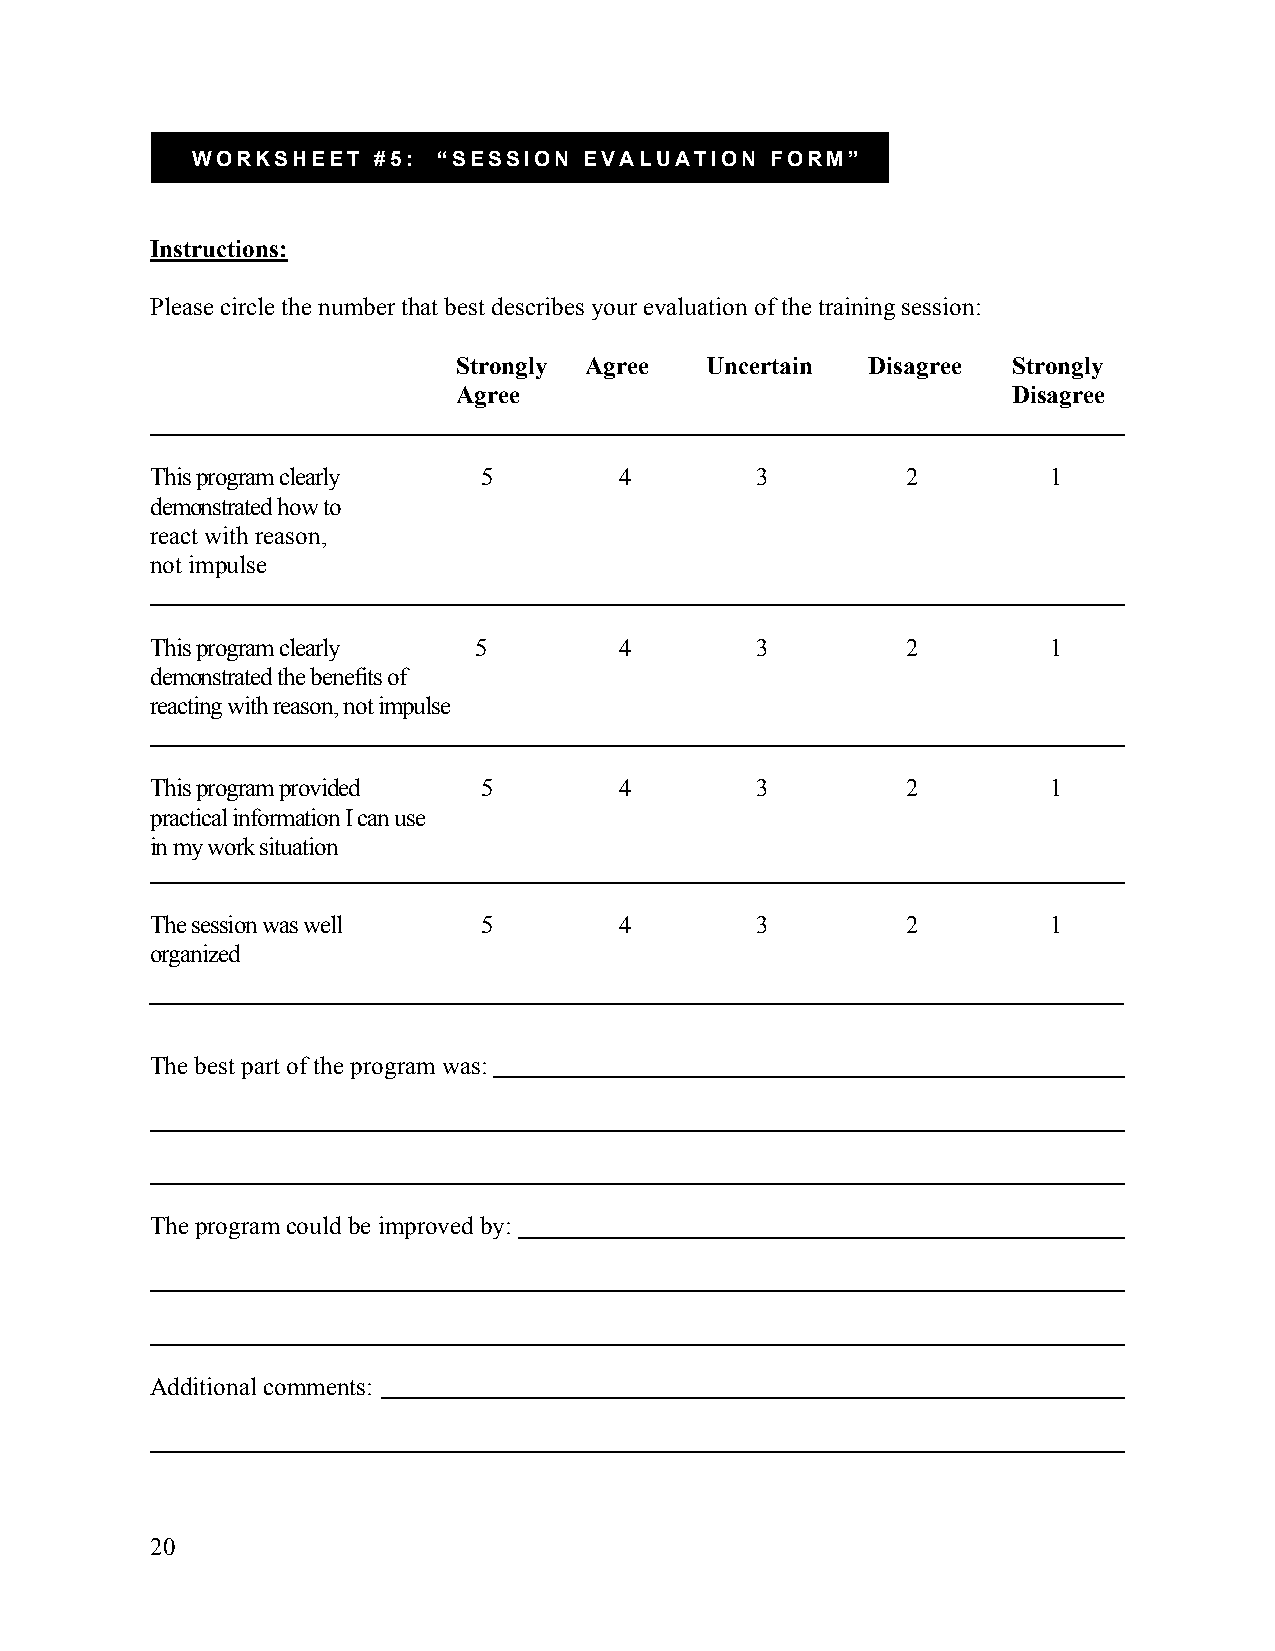
WORKSHEET   #5: “SESSION  EVALUATION  FORM”
 Instructions:
 Please circle the number that best describes your evaluation of the training session:
 Strongly Agree   Uncertain  Disagree Strongly
 Agree                                Disagree
 This program clearly  5        4        3         2         1
 demonstrated how to
 react with reason,
 not impulse
 This program clearly 5         4        3         2         1
 demonstrated the benefits of
 reacting with reason, not impulse
 This program provided 5        4        3         2         1
 practical information I can use
 in my work situation
 The session was well  5        4        3         2         1
 organized
 The best part of the program was:
 The program could be improved by:
 Additional comments:
 20